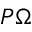
P \Omega